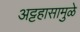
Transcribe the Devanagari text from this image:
अट्टहासामुळे